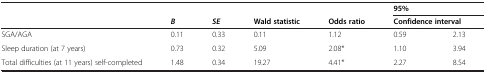
<table><thead><tr><td><b> </b></td><td><b> </b></td><td><b> </b></td><td><b> </b></td><td><b> </b></td><td colspan="2"><b>95%</b></td></tr><tr><td><b> </b></td><td><b><i>B</i></b></td><td><b><i>SE</i></b></td><td><b>Wald statistic</b></td><td><b>Odds ratio</b></td><td colspan="2"><b>Confidence interval</b></td></tr></thead><tbody><tr><td>SGA/AGA</td><td>0.11</td><td>0.33</td><td>0.11</td><td>1.12</td><td>0.59</td><td>2.13</td></tr><tr><td>Sleep duration (at 7 years)</td><td>0.73</td><td>0.32</td><td>5.09</td><td>2.08*</td><td>1.10</td><td>3.94</td></tr><tr><td>Total difficulties (at 11 years) self-completed</td><td>1.48</td><td>0.34</td><td>19.27</td><td>4.41*</td><td>2.27</td><td>8.54</td></tr></tbody></table>